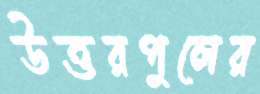
উত্তরপুলের